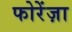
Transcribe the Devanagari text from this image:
फोरेंज़ा